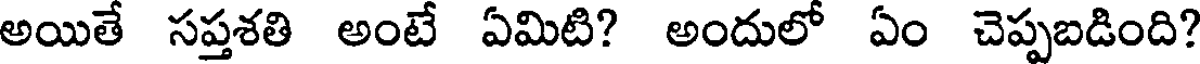
అయితే సప్తశతి అంటే ఏమిటి? అందులో ఏం చెప్పబడింది?